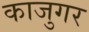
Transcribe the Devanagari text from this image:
काजुगर